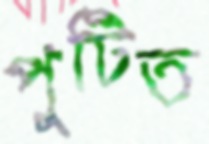
পুটিত